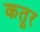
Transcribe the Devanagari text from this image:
कतूर